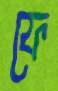
ফে